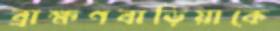
ব্রাহ্মণবাড়িয়াকে